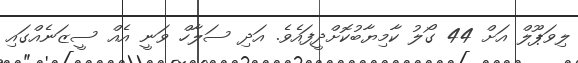
ލިވަޕޫލް އަށް 44 ގޯލު ކާމިޔާބުކޮށްދީފައެވެ. އަދި ސަލާހް ވަނީ އެއް ސީޒަނެއްގައި